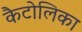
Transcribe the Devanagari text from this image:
कैटोलिका